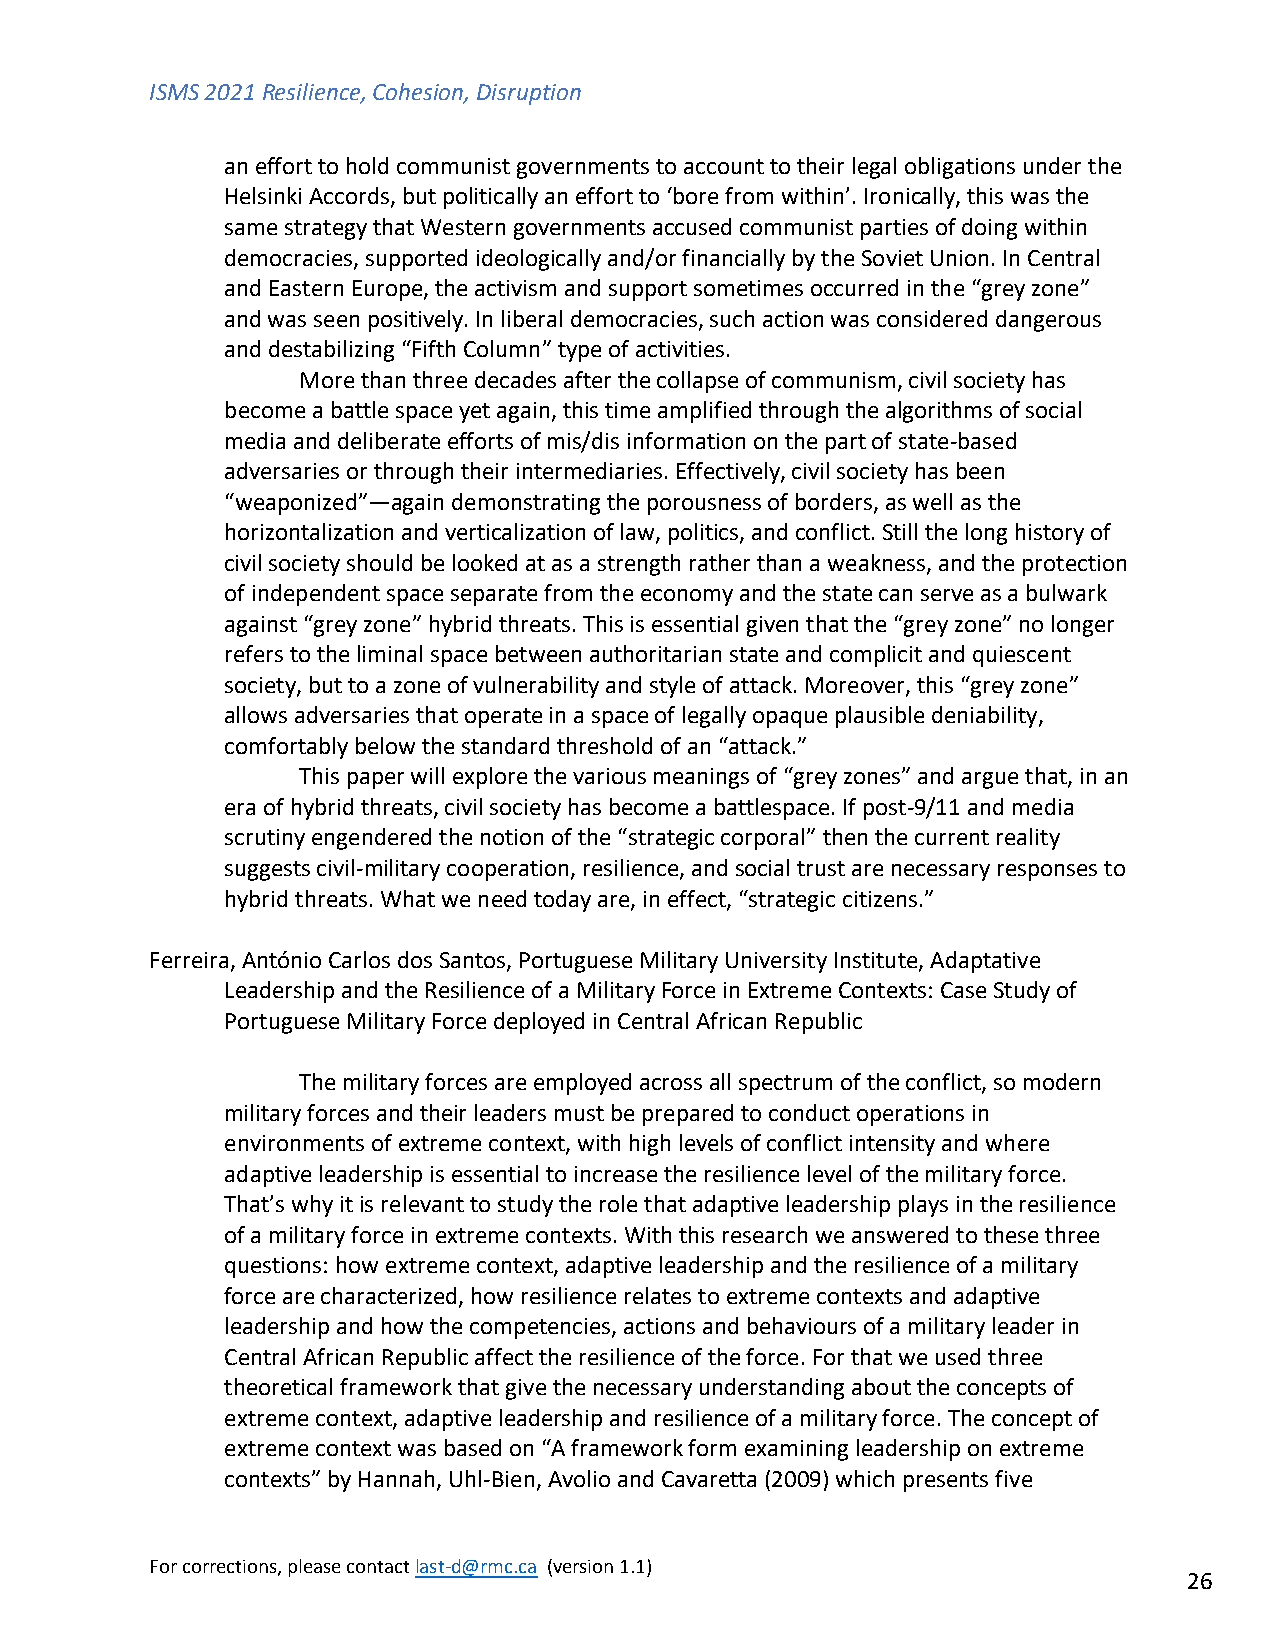
ISMS 2021 Resilience, Cohesion, Disruption
 an effort to hold communist governments to account to their legal obligations under the
 Helsinki Accords, but politically an effort to ‘bore from within’. Ironically, this was the
 same strategy that Western governments accused communist parties of doing within
 democracies, supported ideologically and/or financially by the Soviet Union. In Central
 and Eastern Europe, the activism and support sometimes occurred in the “grey zone”
 and was seen positively. In liberal democracies, such action was considered dangerous
 and destabilizing “Fifth Column” type of activities.
 More than three decades after the collapse of communism, civil society has
 become a battle space yet again, this time amplified through the algorithms of social
 media and deliberate efforts of mis/dis information on the part of state-based
 adversaries or through their intermediaries. Effectively, civil society has been
 “weaponized”—again demonstrating the porousness of borders, as well as the
 horizontalization and verticalization of law, politics, and conflict. Still the long history of
 civil society should be looked at as a strength rather than a weakness, and the protection
 of independent space separate from the economy and the state can serve as a bulwark
 against “grey zone” hybrid threats. This is essential given that the “grey zone” no longer
 refers to the liminal space between authoritarian state and complicit and quiescent
 society, but to a zone of vulnerability and style of attack. Moreover, this “grey zone”
 allows adversaries that operate in a space of legally opaque plausible deniability,
 comfortably below the standard threshold of an “attack.”
 This paper will explore the various meanings of “grey zones” and argue that, in an
 era of hybrid threats, civil society has become a battlespace. If post-9/11 and media
 scrutiny engendered the notion of the “strategic corporal” then the current reality
 suggests civil-military cooperation, resilience, and social trust are necessary responses to
 hybrid threats. What we need today are, in effect, “strategic citizens.”
 Ferreira, António Carlos dos Santos, Portuguese Military University Institute, Adaptative
 Leadership and the Resilience of a Military Force in Extreme Contexts: Case Study of
 Portuguese Military Force deployed in Central African Republic
 The military forces are employed across all spectrum of the conflict, so modern
 military forces and their leaders must be prepared to conduct operations in
 environments of extreme context, with high levels of conflict intensity and where
 adaptive leadership is essential to increase the resilience level of the military force.
 That’s why it is relevant to study the role that adaptive leadership plays in the resilience
 of a military force in extreme contexts. With this research we answered to these three
 questions: how extreme context, adaptive leadership and the resilience of a military
 force are characterized, how resilience relates to extreme contexts and adaptive
 leadership and how the competencies, actions and behaviours of a military leader in
 Central African Republic affect the resilience of the force. For that we used three
 theoretical framework that give the necessary understanding about the concepts of
 extreme context, adaptive leadership and resilience of a military force. The concept of
 extreme context was based on “A framework form examining leadership on extreme
 contexts” by Hannah, Uhl-Bien, Avolio and Cavaretta (2009) which presents five
 For corrections, please contact last-d@rmc.ca (version 1.1)
 26